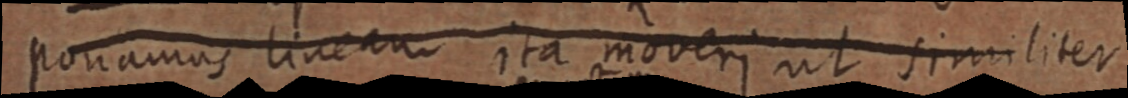
ponamus lineam ita moveri ut similiter